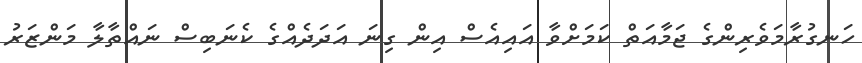
ހަނގުރާމަވެރިންގެ ޖަމާއަތް ކަމަށްވާ އައިއެސް އިން ގިނަ އަދަދެއްގެ ކެނަބިސް ނައްތާލާ މަންޒަރު